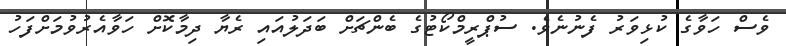
ވެސް ހަވާގެ ކުޅިވަރު ފެނުނެވެ. ސުޕްރީމްކޯޓުގެ ބެންޗަށް ބަދަލުއައި ރެޔާ ދިމާކޮށް ހަވާއެރުވުމަށްފަހު